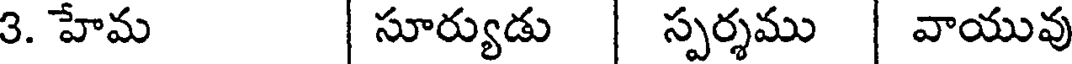
3. హేమ | సూర్యుడు | స్పర్శము | వాయువు